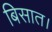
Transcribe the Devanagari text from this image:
बिसात।